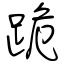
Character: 跪